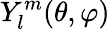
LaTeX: Y_{l}^{m}(\theta,\varphi)